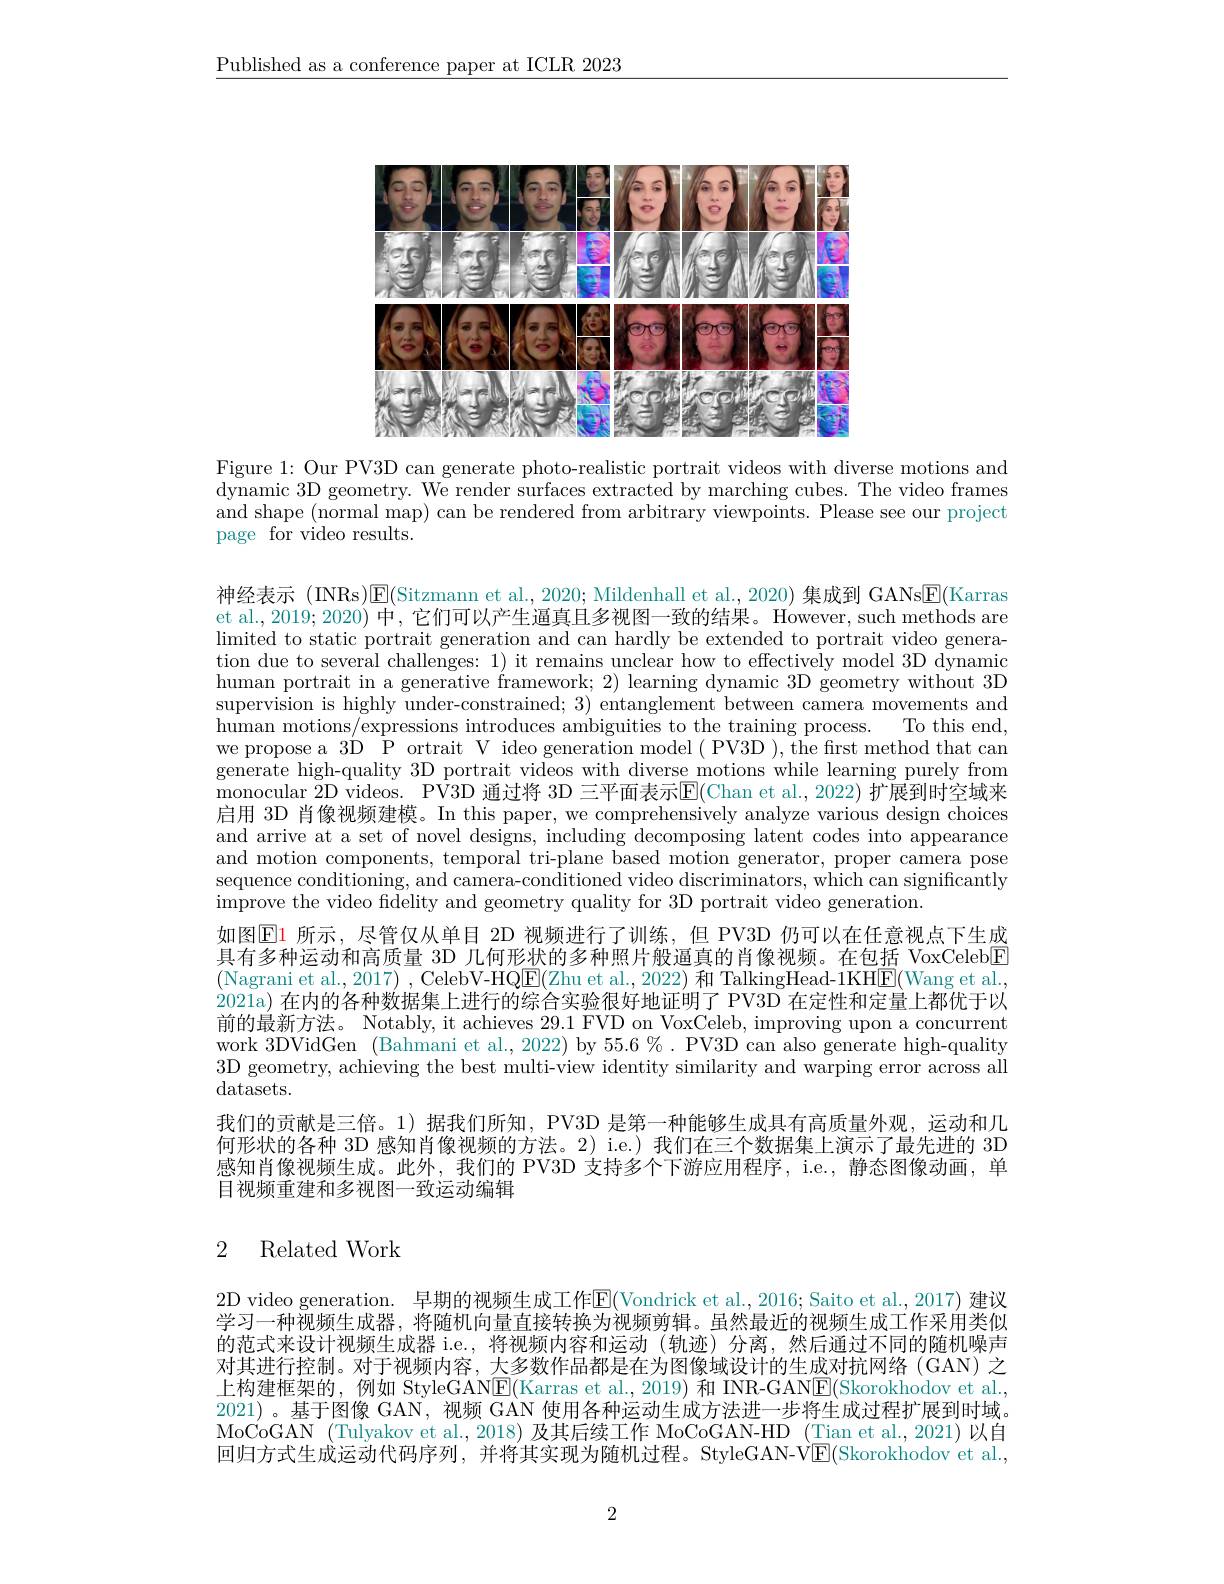
$\underline{\text{Published as a conference paper at ICLR 2023}}$

<FigureHere>

Figure 1: Our PV3D can generate photo-realistic portrait videos with diverse motions and dynamic 3D geometry. We render surfaces extracted by marching cubes. The video frames and shape (normal map) can be rendered from arbitrary viewpoints. Please see our project page for video results.

神经表示 (INRs)$\boxed{\mathrm{E}}($Sitzmann et al., 2020; Mildenhall et al., 2020) 集成到 GANs$\boxed{\mathrm{E}}($Karras et al., 2019; 2020) 中，它们可以产生逼真且多视图一致的结果。However, such methods are limited to static portrait generation and can hardly be extended to portrait video generation due to several challeng human portrait in a generati supervision is highly under-constrained; 3) entanglement between camera movements and human motions/expressions introduces ambiguities to the training process. To this end, we propose a 3D P ortrait V ideo generation model ( PV3D ), the first method that can generate high-quality 3D portrait videos with diverse motions while learning purely from monocular 2D videos. PV3D 通过启用 3D 肖像视频建模。In this paper, we comprehensively analyze various design choices and arrive at a set of novel and motion components, temporal tri-plane based motion generator, proper camera pose sequence conditioning, and c improve the video fidelity and geometry quality for 3D portrait video generation.
如图$\color{red}{\operatorname*{E}}$1 所示，尽管仅从单目 2D 视频进行了训练，但 PV3D 仍可以在任意视点下生成具有多种运动和高质量 3D 几何形状的多种照片般逼真的肖(Nagrani et al., 2017) , CelebV-HQ$\underline{\mathrm{E}}($Zhu et al., 2022) 和 TalkingHead-1KH$\underline{\mathrm{F}}($Wang et al., 2021a) 在内的各种数据集上进行的综合实验很好地证明前的最新方法。Notably, it achieves 29.1 FVD on VoxCeleb, improving upon a concurrent work 3DVidGen (Bahmani et al., 2022) by 55.6%. PV3D can also generate high-quality 3D geometry, achieving the best multi-view identity similarity and warping error across all $\operatorname{datasets.}$
我们的贡献是三倍。1)据我们所知，PV3D 是第一种能够生成具有高质量外观，运动和几何形状的各种 3D 感知肖像视频的方法。2) i.e.)我们在三个数据集上演示了最先进的 3D 感知肖像视频生成。此外，我们的 PV3D 支持多个下游应用程序，i.e., 静态图像动画，单目视频重建和多视图一致运动编辑

## 2 Related Work

2D video generation. 早期的视频生成工作$\mathbb{E}($Vondrick et al., 2016; Saito et al., 2017) 建议学习一种视频生成器，将随机向量直接转换为视频剪辑。虽然最近的视频生成工作采用类似的范式来设计视频生成器 i.e.,将视频内容和运动(轨迹对其进行控制。对于视频内容，大多数作品都是在为图像域设计的生成对抗网络 (GAN) 之上构建框架的，例如 StyleGAN$\underline{\mathrm{E}}($K 2021)。基于图像 GAN, 视频 GAN 使用各种运动生成方法进一步将生成过程扩展到时域。MoCoGAN (Tulyakov et al., 2018) 及其后续工作 MoCoGAN-HD (Tian et al., 2021) 以自回归方式生成运动代码序列，并将其实现为随机过程。Styl

2